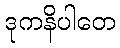
ဒုကနိပါတေ